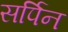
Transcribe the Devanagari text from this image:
सर्पिन